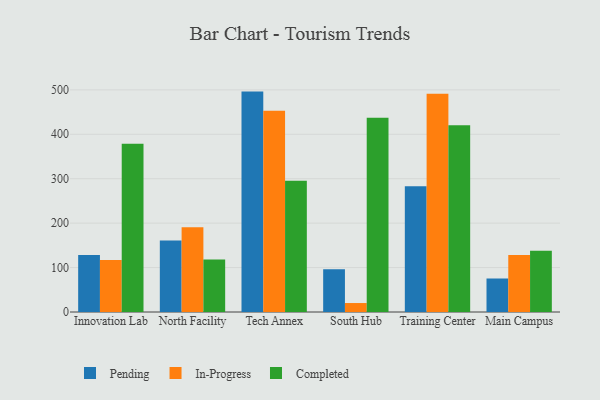
{"axis": {"x": "Campus", "y": "Demand Index"}, "legend": ["Completed", "In-Progress", "Pending"], "data": [{"x": "Innovation Lab", "y": 128.2, "type": "Pending"}, {"x": "Innovation Lab", "y": 117.1, "type": "In-Progress"}, {"x": "Innovation Lab", "y": 378.5, "type": "Completed"}, {"x": "North Facility", "y": 161.0, "type": "Pending"}, {"x": "North Facility", "y": 190.5, "type": "In-Progress"}, {"x": "North Facility", "y": 117.9, "type": "Completed"}, {"x": "Tech Annex", "y": 496.1, "type": "Pending"}, {"x": "Tech Annex", "y": 452.9, "type": "In-Progress"}, {"x": "Tech Annex", "y": 295.3, "type": "Completed"}, {"x": "South Hub", "y": 96.3, "type": "Pending"}, {"x": "South Hub", "y": 20.2, "type": "In-Progress"}, {"x": "South Hub", "y": 437.1, "type": "Completed"}, {"x": "Training Center", "y": 282.9, "type": "Pending"}, {"x": "Training Center", "y": 491.5, "type": "In-Progress"}, {"x": "Training Center", "y": 420.4, "type": "Completed"}, {"x": "Main Campus", "y": 75.4, "type": "Pending"}, {"x": "Main Campus", "y": 128.5, "type": "In-Progress"}, {"x": "Main Campus", "y": 137.9, "type": "Completed"}]}